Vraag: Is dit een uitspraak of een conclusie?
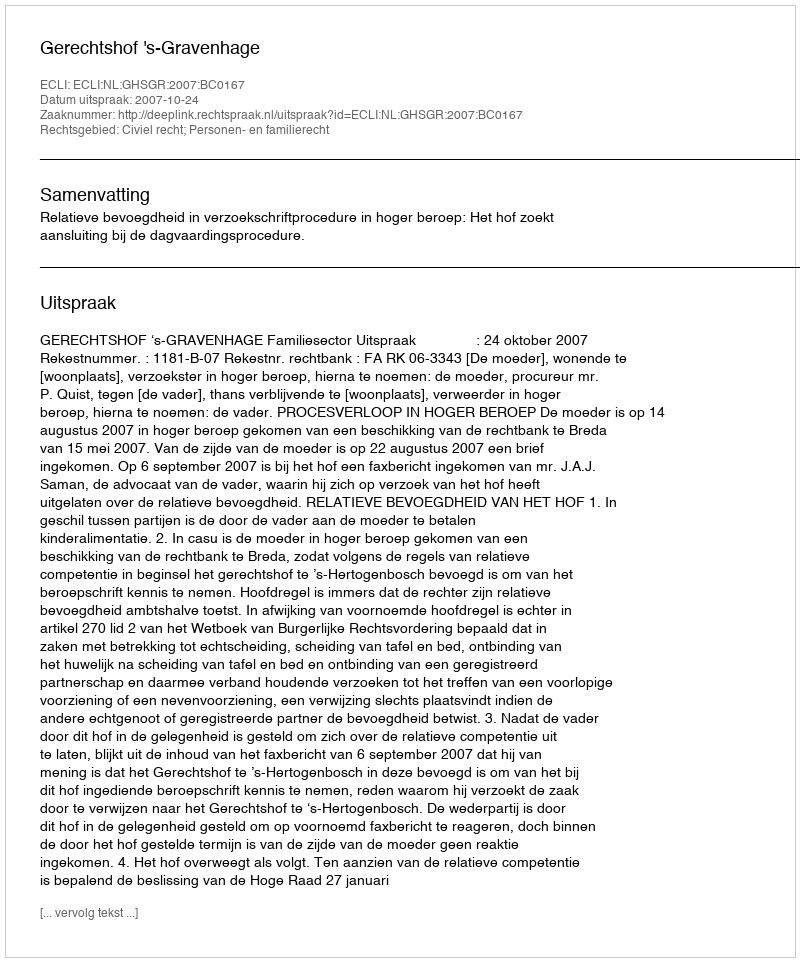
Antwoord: Uitspraak